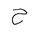
Letter: _ha